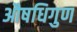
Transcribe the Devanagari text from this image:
औषधिगुण